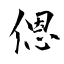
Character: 𫣆